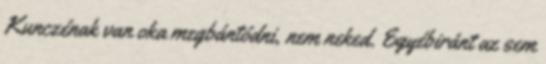
Kunczénak van oka megbántódni, nem neked. Egyébiránt az sem